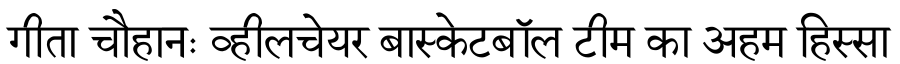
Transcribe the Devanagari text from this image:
गीता चौहानः व्हीलचेयर बास्केटबॉल टीम का अहम हिस्सा